Civil Veterinary Dept. Bombay admin report 1923-31 - 1923-1931
Year: 1923
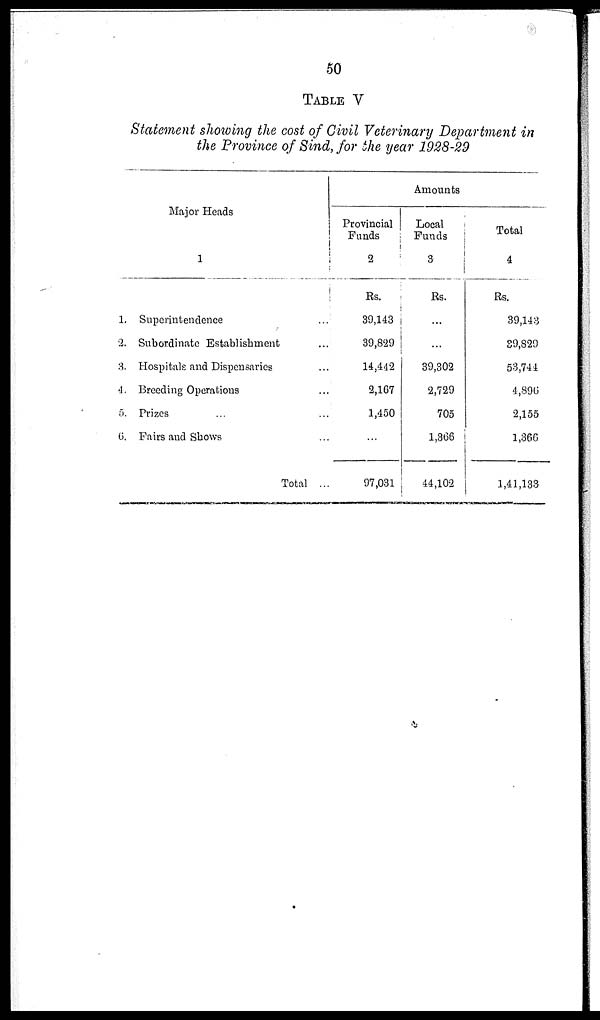
50
TABLE V
Statement showing the cost of Civil Veterinary Department in
the Province of Sind, for the year 1928-29
Major Heads
1
1. Superintendence ...
2. Subordinate Establishment ...
3. Hospitals and Dispensaries ...
4. Breeding Operations ...
5. Prizes ... ...
6. Fairs and Shows ...
Total ..
Amounts
Provincial
Funds
2
Rs.
39,143
39,829
14,442
2,167
1,450
...
97,031
Local
Funds
3
Rs.
...
...
39,302
2,729
705
1,366
44,102
Total
4
Rs.
39,143
39,829
53,744
4,896
2,155
1,366
1,41,133